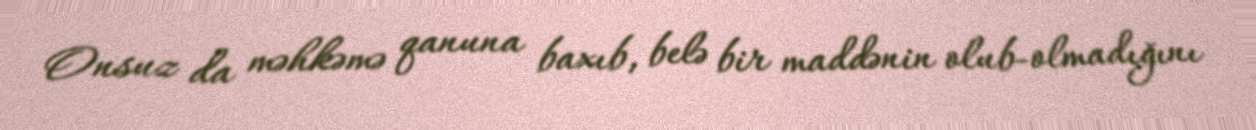
Onsuz da məhkəmə qanuna baxıb, belə bir maddənin olub-olmadığını